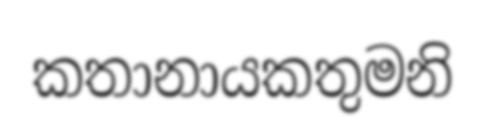
කතානායකතුමනි